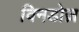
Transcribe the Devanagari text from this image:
विनडोज़